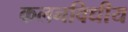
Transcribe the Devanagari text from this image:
कलनविधीय